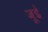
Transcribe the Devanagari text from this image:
जूई